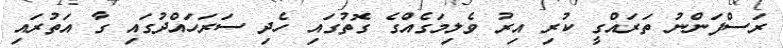
ރަސްފަންނު ތަރައްގީ ކުރި އިރު ވެލިމަގެއްގެ ގޮތުގައި ހެދި ސަރަހައްދުގައި ގާ އަތުރައި